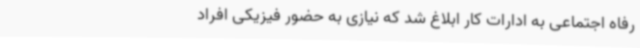
رفاه اجتماعی به ادارات کار ابلاغ شد که نیازی به حضور فیزیکی افراد